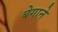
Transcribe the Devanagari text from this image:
बेगाने